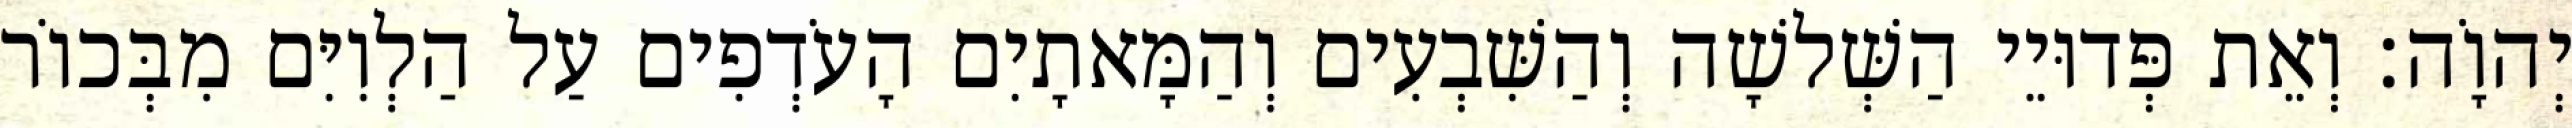
יְהוָֹה׃ וְאֵת פְּדוּיֵי הַשְּׁלשָׁה וְהַשִּׁבְעִים וְהַמָּאתָיִם הָעֹדְפִים עַל הַלְוִיִּם מִבְּכוֹר